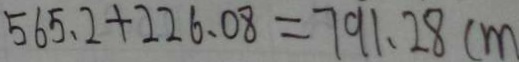
5 6 5 . 2 + 2 2 6 . 0 8 = 7 9 1 . 2 8 c m